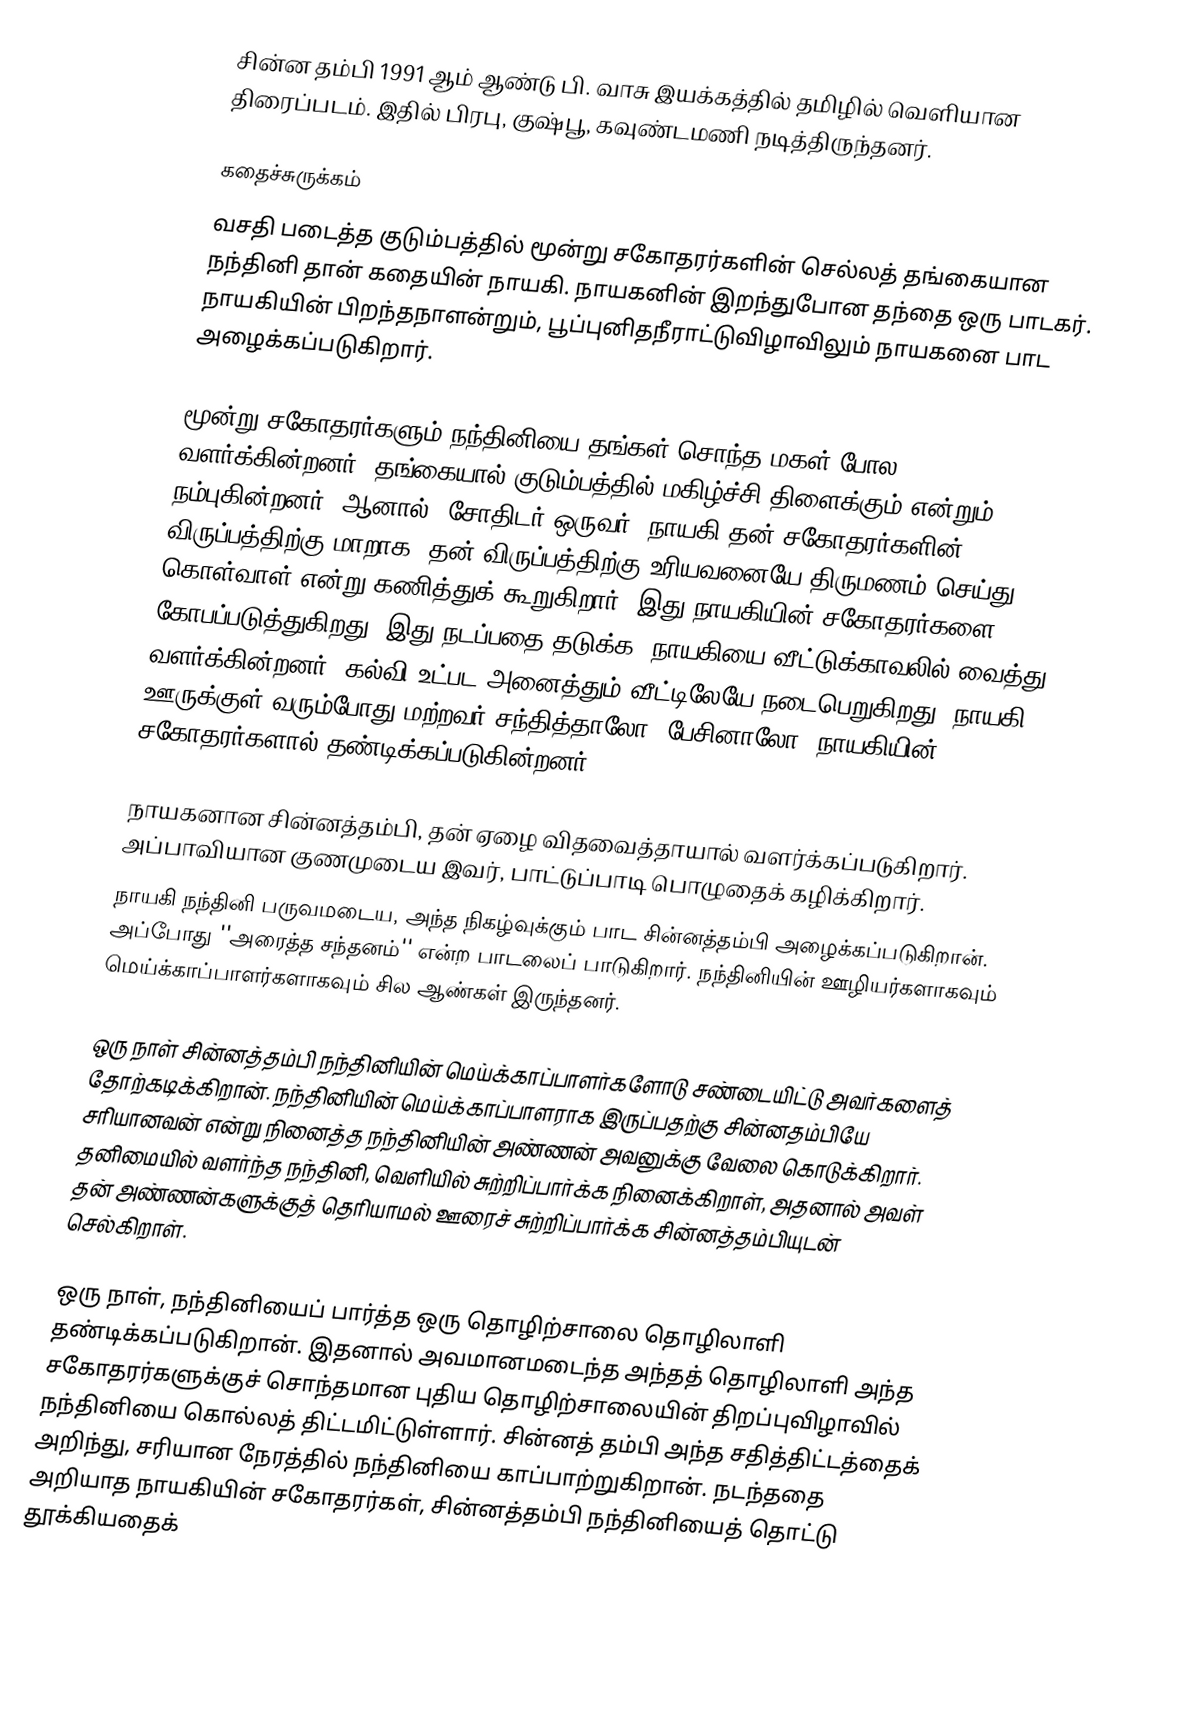
சின்ன தம்பி 1991 ஆம் ஆண்டு பி. வாசு இயக்கத்தில் தமிழில் வெளியான திரைப்படம். இதில் பிரபு, குஷ்பூ, கவுண்டமணி நடித்திருந்தனர்.

கதைச்சுருக்கம்
வசதி படைத்த குடும்பத்தில் மூன்று சகோதரர்களின் செல்லத் தங்கையான நந்தினி தான் கதையின் நாயகி. நாயகனின் இறந்துபோன தந்தை ஒரு பாடகர். நாயகியின் பிறந்தநாளன்றும், பூப்புனிதநீராட்டுவிழாவிலும் நாயகனை பாட அழைக்கப்படுகிறார்.

மூன்று சகோதரர்களும் நந்தினியை தங்கள் சொந்த மகள் போல வளர்க்கின்றனர். தங்கையால் குடும்பத்தில் மகிழ்ச்சி திளைக்கும் என்றும் நம்புகின்றனர். ஆனால், சோதிடர் ஒருவர், நாயகி தன் சகோதரர்களின் விருப்பத்திற்கு மாறாக, தன் விருப்பத்திற்கு உரியவனையே திருமணம் செய்து கொள்வாள் என்று கணித்துக் கூறுகிறார். இது நாயகியின் சகோதரர்களை கோபப்படுத்துகிறது. இது நடப்பதை தடுக்க, நாயகியை வீட்டுக்காவலில் வைத்து வளர்க்கின்றனர். கல்வி உட்பட அனைத்தும் வீட்டிலேயே நடைபெறுகிறது. நாயகி ஊருக்குள் வரும்போது மற்றவர் சந்தித்தாலோ, பேசினாலோ, நாயகியின் சகோதரர்களால் தண்டிக்கப்படுகின்றனர்.

நாயகனான சின்னத்தம்பி, தன் ஏழை விதவைத்தாயால் வளர்க்கப்படுகிறார். அப்பாவியான குணமுடைய இவர், பாட்டுப்பாடி பொழுதைக் கழிக்கிறார்.
நாயகி நந்தினி பருவமடைய, அந்த நிகழ்வுக்கும் பாட சின்னத்தம்பி அழைக்கப்படுகிறான். அப்போது ''அரைத்த சந்தனம்'' என்ற பாடலைப் பாடுகிறார். நந்தினியின் ஊழியர்களாகவும் மெய்க்காப்பாளர்களாகவும் சில ஆண்கள் இருந்தனர்.

ஒரு நாள் சின்னத்தம்பி நந்தினியின் மெய்க்காப்பாளர்களோடு சண்டையிட்டு அவர்களைத் தோற்கடிக்கிறான். நந்தினியின் மெய்க்காப்பாளராக இருப்பதற்கு சின்னதம்பியே சரியானவன் என்று நினைத்த நந்தினியின் அண்ணன் அவனுக்கு வேலை கொடுக்கிறார். தனிமையில் வளர்ந்த நந்தினி, வெளியில் சுற்றிப்பார்க்க நினைக்கிறாள், அதனால் அவள் தன் அண்ணன்களுக்குத் தெரியாமல் ஊரைச் சுற்றிப்பார்க்க சின்னத்தம்பியுடன் செல்கிறாள்.

ஒரு நாள், நந்தினியைப் பார்த்த ஒரு தொழிற்சாலை தொழிலாளி தண்டிக்கப்படுகிறான். இதனால் அவமானமடைந்த அந்தத் தொழிலாளி அந்த சகோதரர்களுக்குச் சொந்தமான புதிய தொழிற்சாலையின் திறப்புவிழாவில் நந்தினியை கொல்லத் திட்டமிட்டுள்ளார். சின்னத் தம்பி அந்த சதித்திட்டத்தைக் அறிந்து, சரியான நேரத்தில் நந்தினியை காப்பாற்றுகிறான். நடந்ததை அறியாத நாயகியின் சகோதரர்கள், சின்னத்தம்பி நந்தினியைத் தொட்டு தூக்கியதைக்